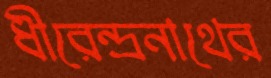
ধীরেন্দ্রনাথের